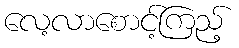
လေ့လာစောင့်ကြည့်